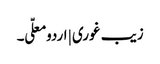
زیب غوری | اردو معلّی ۔